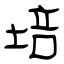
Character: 培